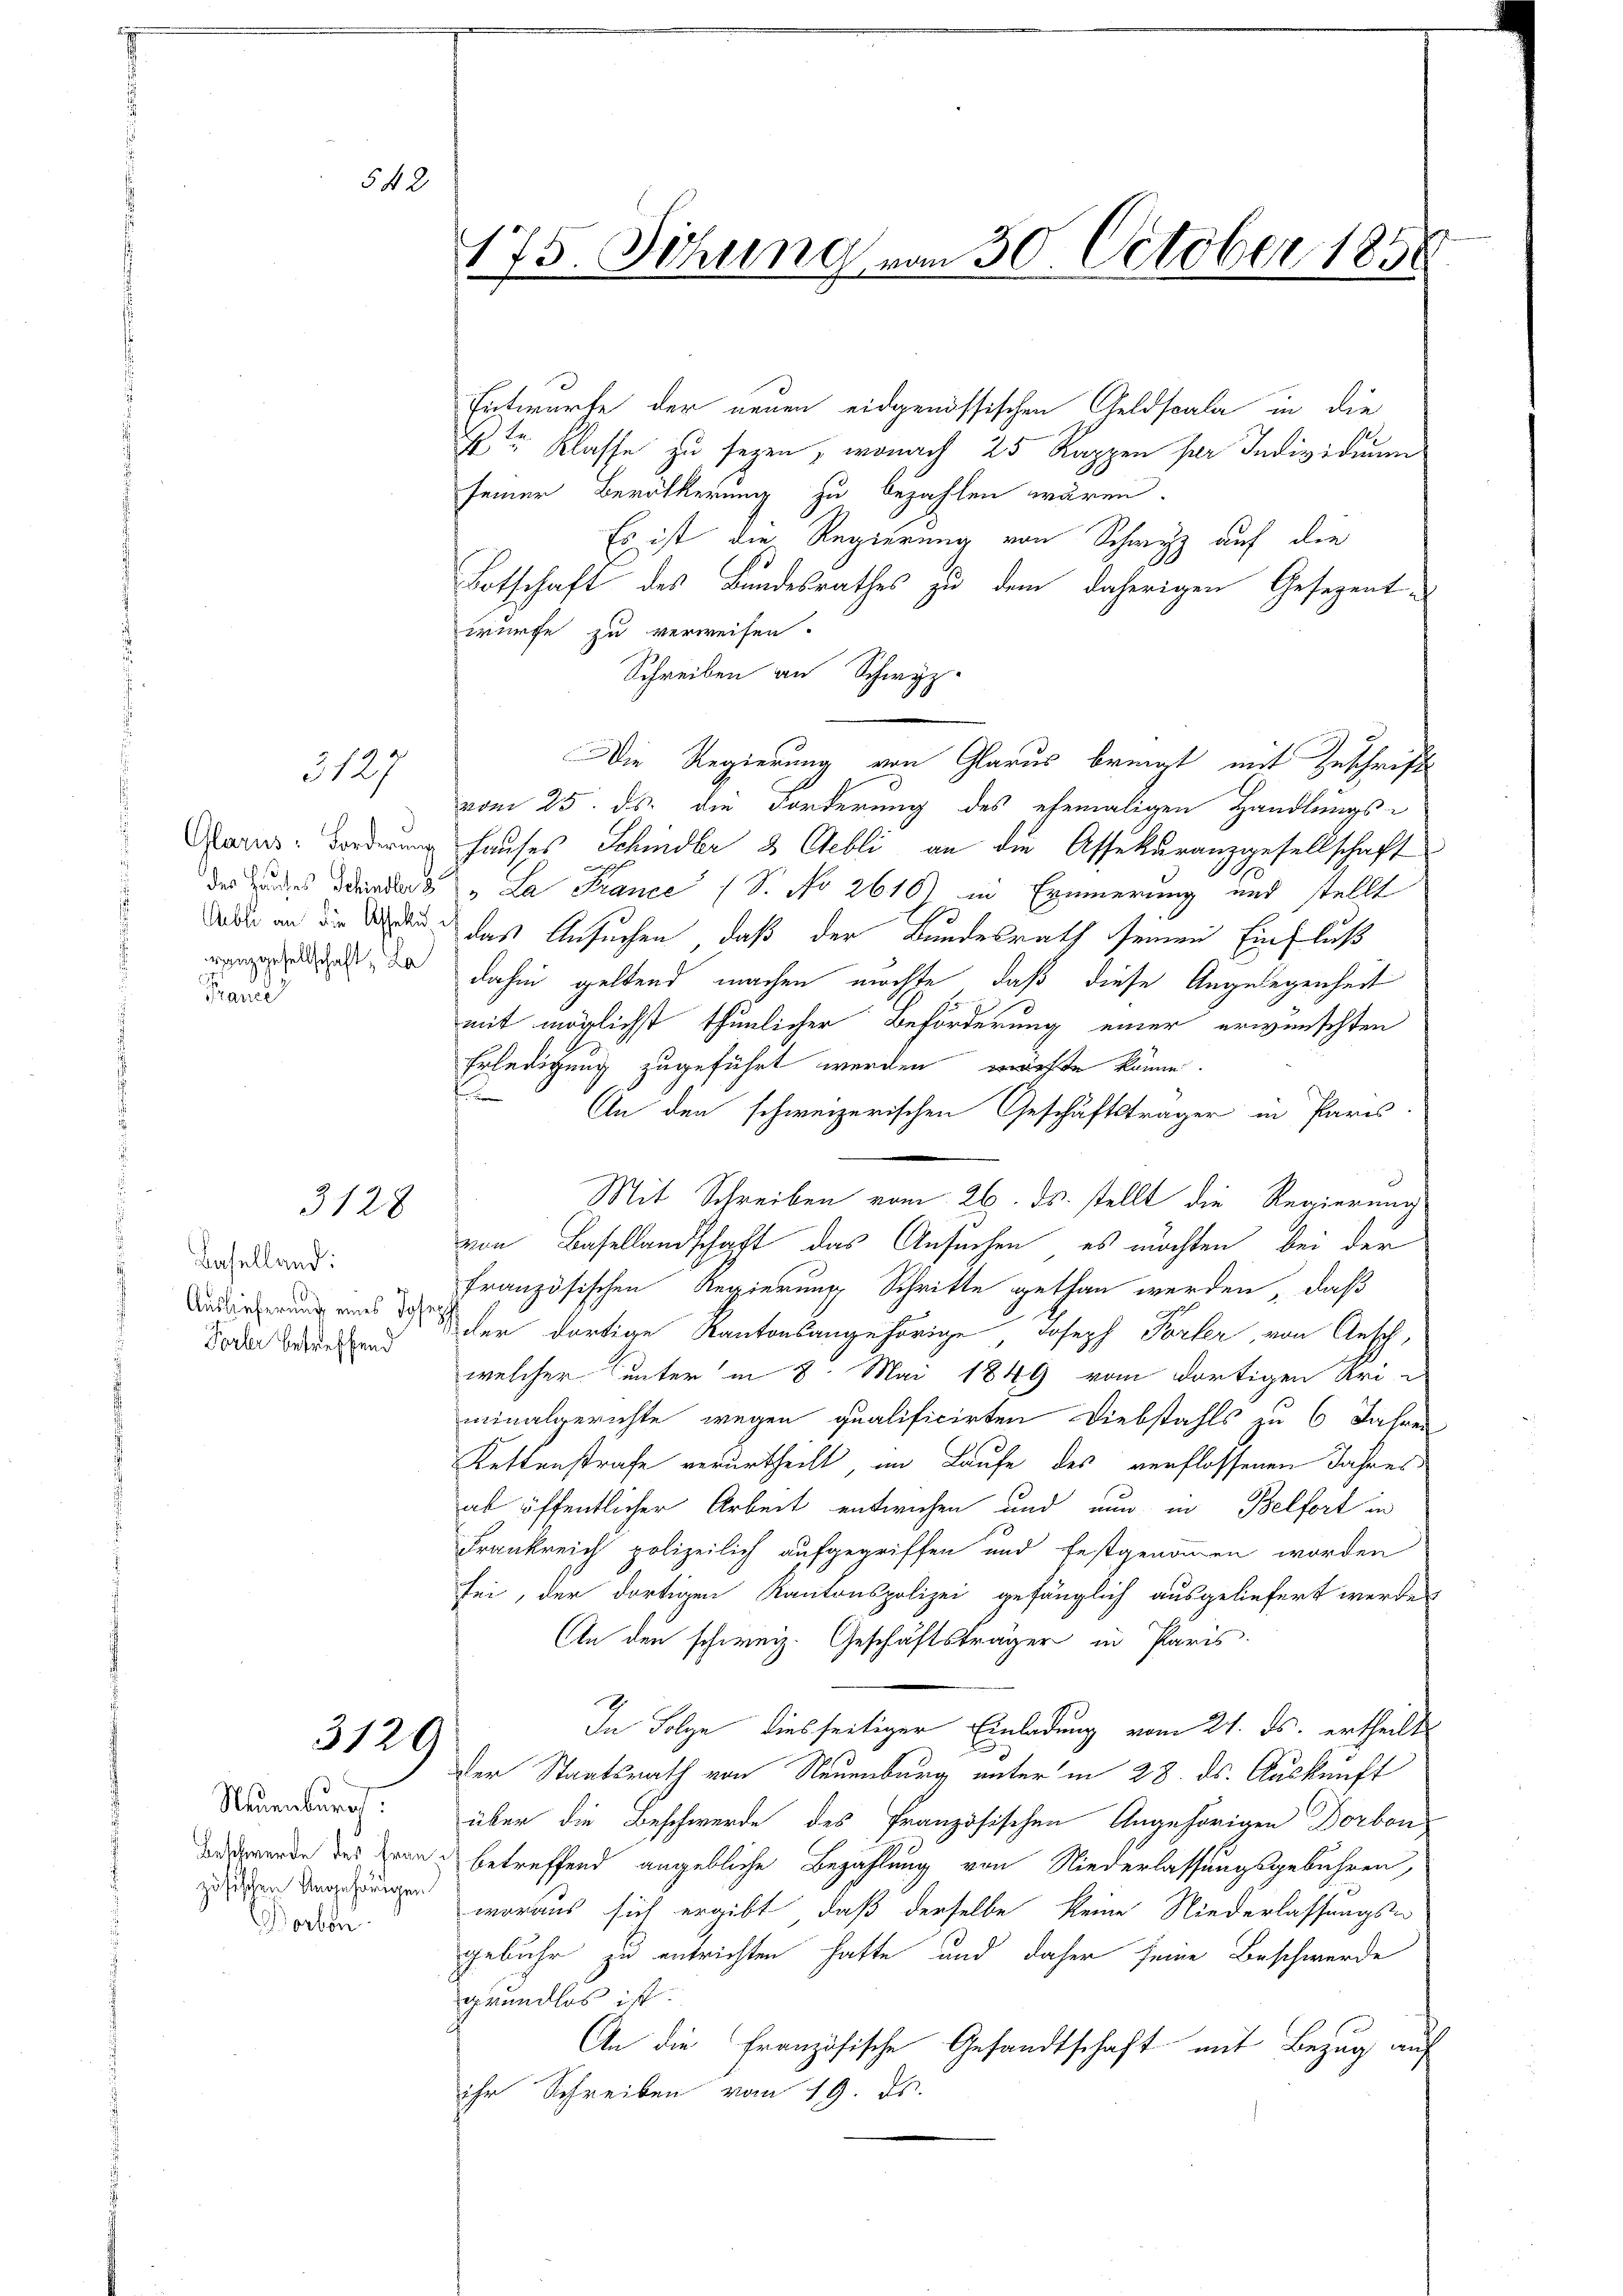
3127

d
France

3128

Baselland:
Auslieferung eines Josep
Forler betreffend

542

3120

Neuenburg.
zösischen Angehörigen
Borben

175. Sitzung vom 30. October 1858

Entwurfe der neuen eidgenössischen Geldscala in die
4tr Klasse zu seyen, wonach 25 Rappen per Individuum
seiner Bevölkerung zu bezahlen wären.
Es ist die Regierung von Schwyz auf die
Botschaft des Bundesrathes zu dem daherigen Gesezentwürfe zu verweisen.
Schreiben an Schwyz.
Die Regierung von Glarus bringt mit Zuschrift
vom 25. ds. die Forderung des ehemaligen Handlungs-
Aarns-Forderung Hauses Schindler & Gebli, an die Assekuranzgesellschaft
der des Bandes „La France (S. No 2610) in Erinnerung und stellt
dder an die den das Ansuchen, daß der Bundesrath seinen Einfluß
dr dahin geltend machen möchte, daß diese Angelegenheit
mit möglichst thunlicher Beförderung einer erwünschten
Erledigung zugeführt werden wirfte könne.
d
An den schweizerischen Geschäftsträger in Paris
Mit Schreiben vom 26. ds. stellt die Regierung
von Basellandschaft das Ansuchen, es möchten, bei der
französischen Regierung Schritte gethan werden, daß
der dortige Kantonsangehörige, Joseph Porter, von Ansch,
welcher unter in 8 Mai 1849 vom dortigen Uri
minalgerichte wegen qualificirten Diebstahls zu 6 Jahren
Kettenstrafe verurtheilt, im Laufe des verflossenen Jahres
al öffentlicher Arbeit entwichen und nun in Belfort in
Frankreich polizeilich aufgegriffen und festgenommen worden
sei, der dortigen Kantonspolizei gefänglich ausgeliefert werden
An den schweiz. Geschäftsträger in Paris.
x
In Folge diesseitiger Einladung vom 21. ds. ertheilte
der Staatsrath von Neuenburg unter in 28. ds. Auskunft
über die Beschwerde des französischen Angehörigen Dorbon
dn werde des Zeen betreffend angebliche Bezahlung von Niederlassungsgebühren,
woraus sich ergibt, daß derselbe keine Niederlassungs-
gebühr zu entrichten hatte und daher seine Beschwerde
grundlos ist.
An die Französische Gesandtschaft mit Bezug auf
ihr Schreiben vom 19. ds.